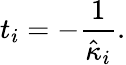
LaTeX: t_{i}=-\frac{1}{\hat{\kappa}_{i}}.